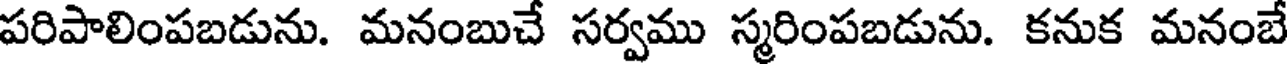
పరిపాలింపబడును. మనంబుచే సర్వము స్మరింపబడును. కనుక మనంబే